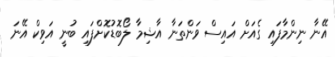
އޭނާ ނިންމާފައި ގެއަށް އައިސް ވަންތަނާ އާޝިމާ ލޯބޮޑުކޮށްފައި ބުނީ އަވިކް އޭނަ